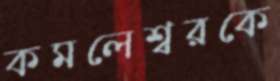
কমলেশ্বরকে